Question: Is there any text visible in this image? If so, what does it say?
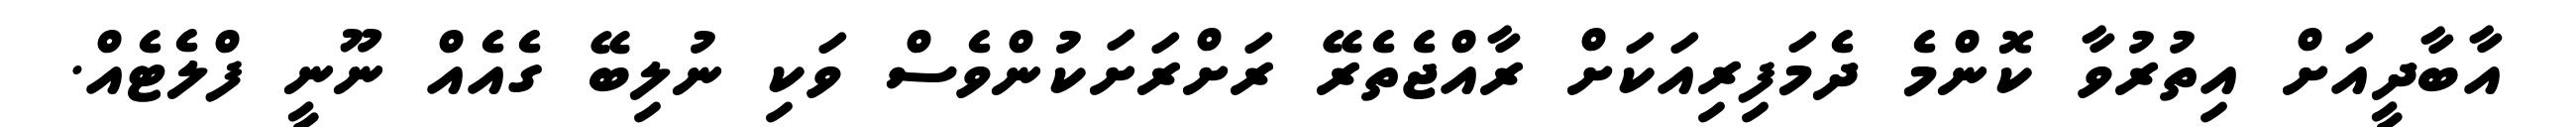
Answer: އާބާދީއަށް އިތުރުވާ ކޮންމެ ދެމަފިރިއަކަށް ރާއްޖެތެރޭ ރަށްރަށަކުންވެސް ވަކި ނުލިބޭ ގެއެއް ނޫނީ ފްލެޓެއް.